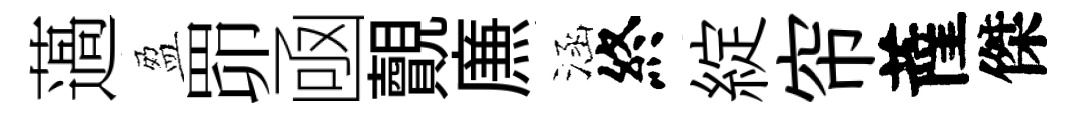
薖盈𦊑凾覿㢘涵終綻帘薩傑